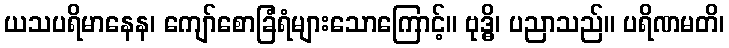
ယသပရိမာနေန၊ ကျော်စောခြံရံများသောကြောင့်။ ဗုဒ္ဓိ၊ ပညာသည်။ ပရိဏမတိ၊